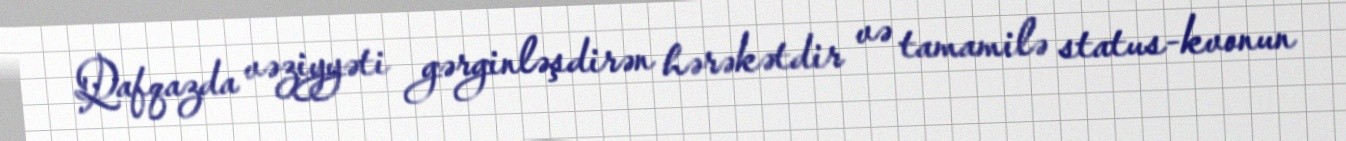
Qafqazda vəziyyəti gərginləşdirən hərəkətdir və tamamilə status-kvonun